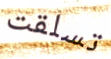
تسلقت